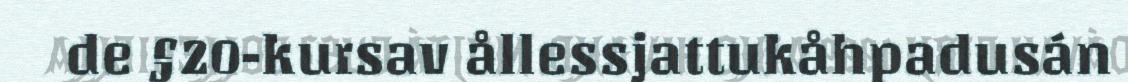
de §20-kursav ållessjattukåhpadusán